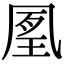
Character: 㓘